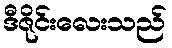
ဒီဇိုင်းလေးသည်